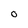
Character: O